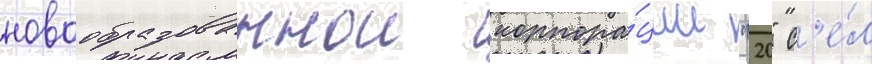
новообразованнои корпора́ции "20" с'е́л